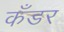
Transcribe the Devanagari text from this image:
कँडर